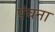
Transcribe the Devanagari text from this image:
पंचना